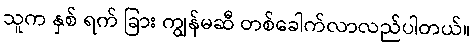
သူက နှစ် ရက် ခြား ကျွန်မဆီ တစ်ခေါက်လာလည်ပါတယ်။